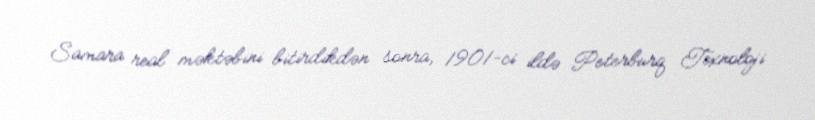
Samara real məktəbini bitirdikdən sonra, 1901-ci ildə Peterburq Texnoloji